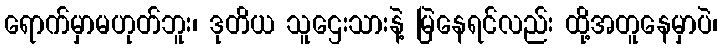
ရောက်မှာမဟုတ်ဘူး၊ ဒုတိယ သူဌေးသားနဲ့ မြဲနေရင်လည်း ထို့အတူနေမှာပဲ၊